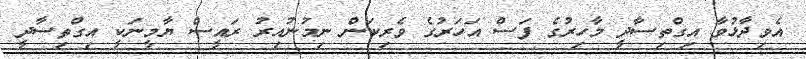
އެވިދާޅުވާ އިގްތިސާދީ މާހިރުގެ ފަސް އަހަރުގެ ވެރިކަން ނިމުނުއިރު ރައީސް ޔާމީނަކީ އިގްތިސާދީ